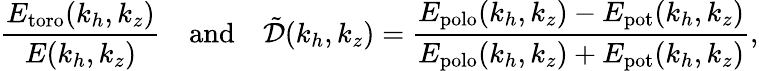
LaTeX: \frac{E_{\mathrm{toro}}(k_{h},k_{z})}{E(k_{h},k_{z})}~~~~\mathrm{and}~~~~\tilde{\mathcal{D}}(k_{h},k_{z})=\frac{E_{\mathrm{polo}}(k_{h},k_{z})-E_{\mathrm{pot}}(k_{h},k_{z})}{E_{\mathrm{polo}}(k_{h},k_{z})+E_{\mathrm{pot}}(k_{h},k_{z})},